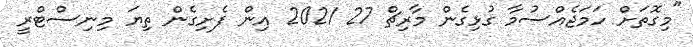
"މިގޮތަށް ހަމަޖެއްސުމާ ގުޅިގެން މާރިޗް 27 2021 އިން ފެށިގެން ތިޔަ މިނިސްޓްރީ